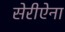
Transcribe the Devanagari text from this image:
सेरीऐना